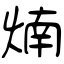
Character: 煵